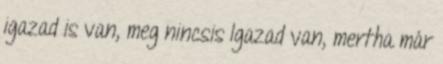
igazad is van, meg nincsis Igazad van, mertha már